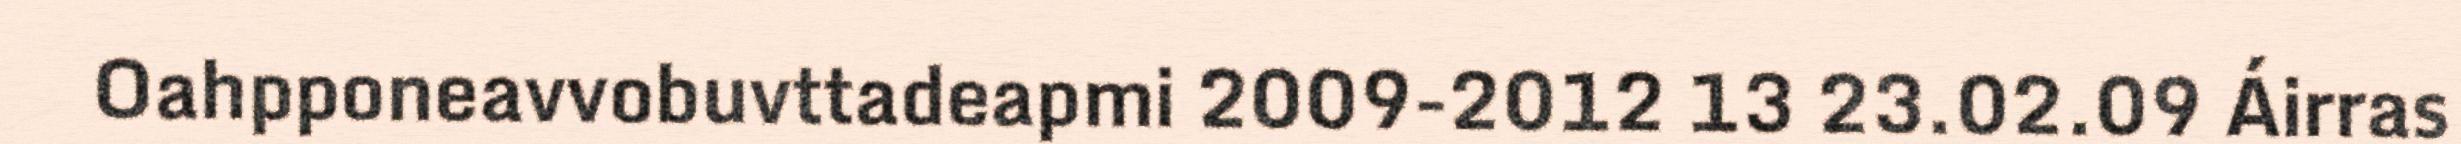
Oahpponeavvobuvttadeapmi 2009-2012 13 23.02.09 Áirras